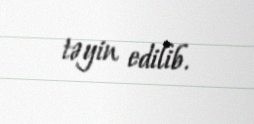
təyin edilib.